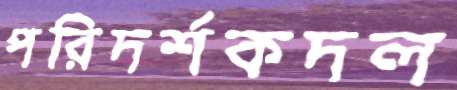
পরিদর্শকদল